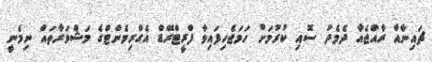
ޗައިނާއާ ރާއްޖެއާ ދެމެދު ސޮއި ކުރުމަށް ހަމަޖެހިފައިވާ ފްރީޓްރޭޑް އެގްރިމެންޓްގެ މަޝްވަރާތައް ނިމެނީ